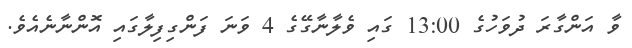
ވާ އަންގާރަ ދުވަހުގެ 13:00 ގައި ވެލާނާގޭގެ 4 ވަނަ ފަންގިފިލާގައި އޮންނާނެއެވެ.